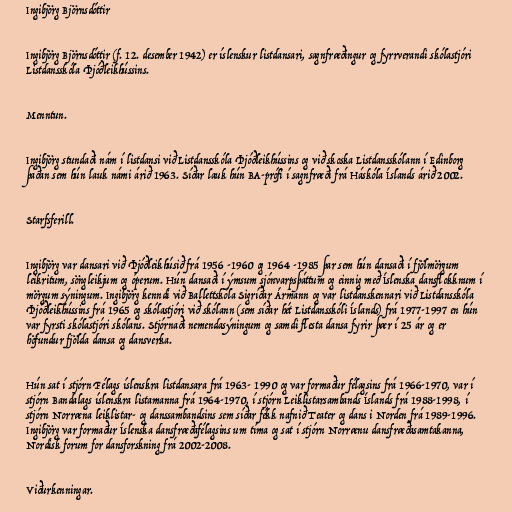
Ingibjörg Björnsdóttir

Ingibjörg Björnsdóttir (f. 12. desember 1942) er íslenskur listdansari, sagnfræðingur og fyrrverandi skólastjóri
Listdansskóla Þjóðleikhússins.

Menntun.

Ingibjörg stundaði nám í listdansi við Listdansskóla Þjóðleikhússins og við skoska Listdansskólann í Edinborg
þaðan sem hún lauk námi árið 1963. Síðar lauk hún BA-prófi í sagnfræði frá Háskóla Íslands árið 2002.

Starfsferill.

Ingibjörg var dansari við Þjóðleikhúsið frá 1956 -1960 og 1964 -1985 þar sem hún dansaði í fjölmörgum
leikritum, söngleikjum og óperum. Hún dansaði í ýmsum sjónvarpsþáttum og einnig með Íslenska dansflokknum í
mörgum sýningum. Ingibjörg kenndi við Ballettskóla Sigríðar Ármann og var listdanskennari við Listdansskóla
Þjóðleikhússins frá 1965 og skólastjóri við skólann (sem síðar hét Listdansskóli Íslands) frá 1977-1997 en hún
var fyrsti skólastjóri skólans. Stjórnaði nemendasýningum og samdi flesta dansa fyrir þær í 25 ár og er
höfundur fjölda dansa og dansverka.

Hún sat í stjórn Félags íslenskra listdansara frá 1963- 1990 og var formaður félagsins frá 1966-1970, var í
stjórn Bandalags íslenskra listamanna frá 1964-1970, í stjórn Leiklistarsambands Íslands frá 1988-1998, í
stjórn Norræna leiklistar- og danssambandsins sem síðar fékk nafnið Teater og dans i Norden frá 1989-1996.
Ingibjörg var formaður Íslenska dansfræðafélagsins um tíma og sat í stjórn Norrænu dansfræðasamtakanna,
Nordisk forum for dansforskning frá 2002-2008.

Viðurkenningar.